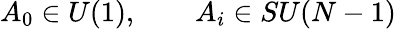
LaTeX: A_{0}\in U(1),\qquad A_{i}\in SU(N-1)